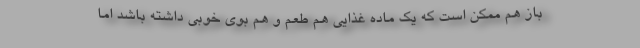
باز هم ممکن است که یک ماده غذایی هم طعم و هم بوی خوبی داشته باشد اما